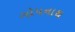
ગોપનાથ